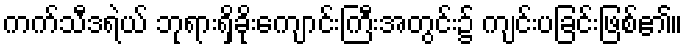
ကက်သီဒရဲယ် ဘုရားရှိခိုးကျောင်းကြီးအတွင်း၌ ကျင်းပခြင်းဖြစ်၏။